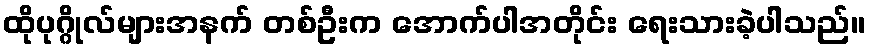
ထိုပုဂ္ဂိုလ်များအနက် တစ်ဦးက အောက်ပါအတိုင်း ရေးသားခဲ့ပါသည်။